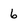
Character: 6